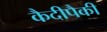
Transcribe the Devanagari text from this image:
कैदीपैकी